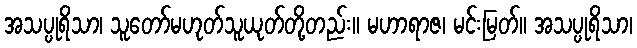
အသပ္ပုရိသာ၊ သူတော်မဟုတ်သူယုတ်တို့တည်း။ မဟာရာဇ၊ မင်းမြတ်။ အသပ္ပုရိသာ၊